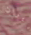
إيران